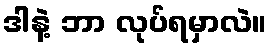
ဒါနဲ့ ဘာ လုပ်ရမှာလဲ။